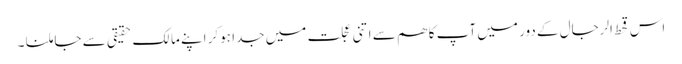
اس قحط الرجال کے دور میں آپ کا ھم سے اتنی عجلت میں جدا ہوکر اپنے مالک حقیقی سے جا ملنا ۔